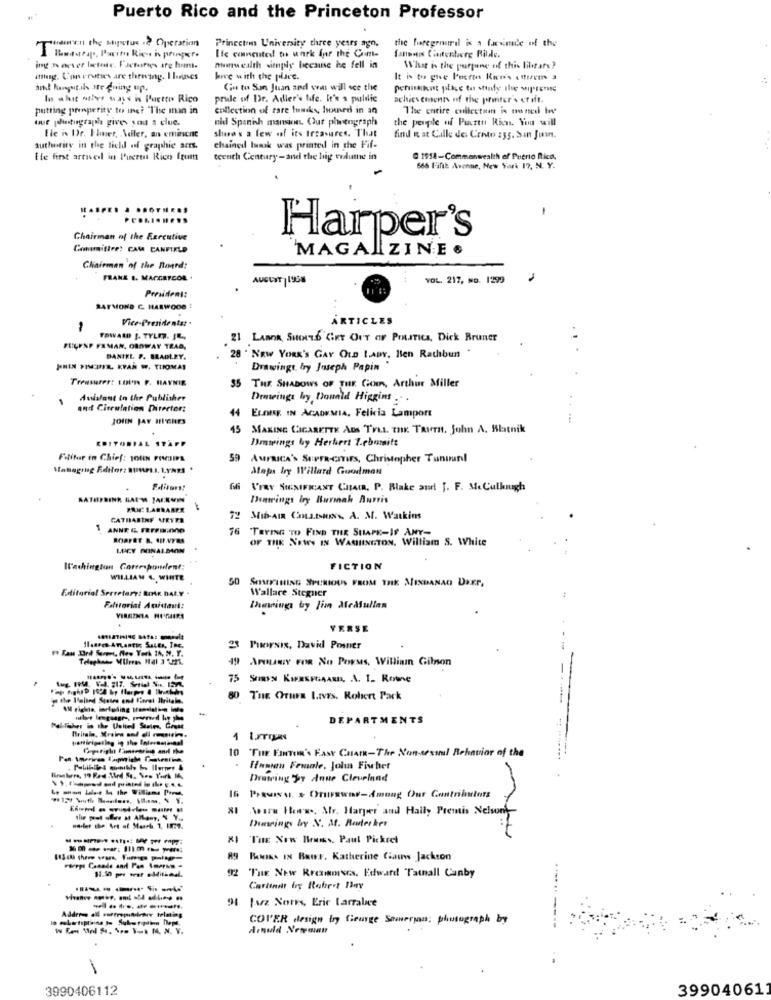
Puerto Rico and the Princeton Professor
wawer the sagstus of Operation
Princeton University three years ago.
the foregroundl is a farmie of the
Ele comcute! tu wnrk Inr the Com-
nunwealth simply because he fell in
What is the portune of this library?
ming. Conerutses are throving. I bonuses
hoe with the place.
ah! hangutals are gning up.
Cu to San Juan and vows will see the
In what other ways in Puerto Rico
pride of Dr. Adler's life. It's s palilic
achievements of the printer's craft.
putting prosperity to ine? "The man in
collection of rare fuemiks, homed in an
The entire collection is ou ned bw
tue plintigraph give you a clue.
nid Spanish mansion. Our photograph
the people of Puerto Rico. You will
shea's a few of its treavares. That
Ele is Dr. Ilet, Adler, an emincnc
find & at Calle de. Cento 255. Sin Juin.
authority in the field of graphic arts.
chained lunk was printed in the Fif-
He fint artived in Puerto Rico Itomt
teenth Century -and the big vedluthe in
@ 1918-Commonwealth of Puerto Rico.
666 Fifth Avenue, New York 17, N. Y.
-
..........
Chairman of the Executive
Harper's
Commitire: CAM CANFIELD
MAGAZINE .
Chairman of the Board:
FRANK I. MACERTCOR .
AUGUST |1958
VOL. 217, No. 1299
President:
RAYMOND C. HARWOOD !
Vice-Presidentst .
ARTICLES
-
FOWARD J. TYLER. JR .,
21 LABOR, SHINES CRY OUT OF POLITICS, Dick Bruner
..
FULFNP FAMAN, ORDWAY TRAD,
DANIEL P. BRADLEY.
28 ' NEW YORK's GAY OLD LADY. Ien Rathbun
JI PHIL KYAR W. THOMAS
Drawingt, by Joseph Papin
Treasurer: LOUn F. HAYNIE
35 THE SHADOWS OF THE GoIn, Arthur Miller
Avisfant in the Publisher
Drmeings by Donald Higgins .. .
and Circulation Director:
44 ELOng IN ACADEMIA. Felicia Lamport
JOHN JAY HIGHES
45 MAKING CIGARETTE AUS TrIL. THE TRUTH. John A. Blatnik
EDITORIAL STAFF
Dmwings by Herhert 7.cbamitt
Faliter in Chief: 10UN FREIE
59 AMERICA's SUPER-CITIES, Christopher Tunuunl
Managing Editor: BFL. LYNES .
Mapa by Willard Goodman
.
Faisons!
VIRY SIGNIFIANT CHAIR. P. Blake am J. F. M.Culhugh
Dumrings iry Burmah Aurris
PAI 1.ABRAAPR
CATHARINE ARVER
72 MID-AIR COutsIoNs. A. M. Watkins
76 TRYING TO FIND THE SHAPE-IF ANY-
OF THE NEWS IN WASHINGTON. William S. White
LUCY RONALDION
WC'achington Correspondent;
FICTION
WILLIAM S. WINTE
SOMETHING SPURIOUS FROM THE MINDANAO DEEP,
Editorial Serretary: BIMK BALY .
Wallace Stegner
Falitorini Amistani:
Menings by Jim Medfullan
YERSE
2 Porsis, David Poster
49 ArmanY FOR No Porses, William Gibson
-
75 Smary KIREPAAR, . L. I. Roue
the l'alind Stairs end fleret Britale.
80 THE OTHER LIVES. Robert Park
DEPARTMENTS
Pal-ficher is the United States, Goett
partirigeslog in the laderastinaal
-
Copyright tamtearing and the
10 THE FITen's Fase Chat-The Non-sexsual Behavior of the
Hunten Female, John Fisher
Drawing You done Cleveland
16 Prawisu. $ Oriuswar-Among Our Contributors
Weare Feww ., Mr. Harper and Haily Premis Nelson'
Dimeings boy N. A. Rader ker
THE New Bruns. Paul Pickret
--------
PANIKA IN Bar, Katherine Ciauw Jackson
THE New ReciDives, Edward Tathall Canby
Cartina by Robert 11my
91 faz Nores, Eric Larralice
COVER design by Courge Sameryan: photograph by
3990406112
399040611